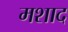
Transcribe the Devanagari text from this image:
मशाद